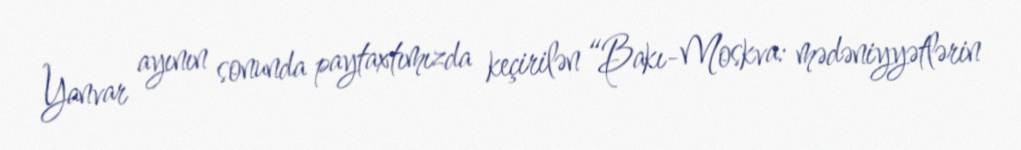
Yanvar ayının sonunda paytaxtımızda keçirilən “Bakı-Moskva: mədəniyyətlərin